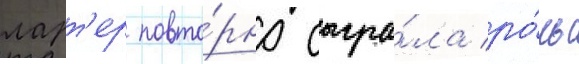
ларт'ер повто́рно сыгра́ла ро́ль